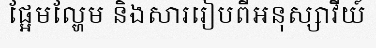
ផ្អែមល្ហែម និងសាររៀបពីអនុស្សាវីយ៍